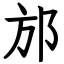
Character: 邡